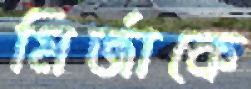
মির্জাকে